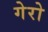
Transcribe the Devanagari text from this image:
गेरो